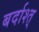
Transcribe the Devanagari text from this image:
बर्दाश्त्